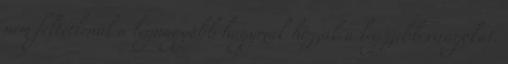
nem feltétlenül a legnagyobb hagymák hozzák a legszebb virágokat.